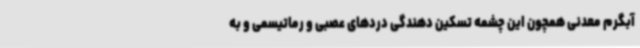
آبگرم معدنی همچون این چشمه تسکین دهندگی دردهای عصبی و رماتیسمی و به